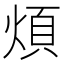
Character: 煩